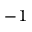
^ { - 1 }